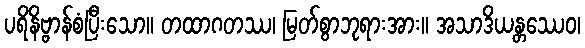
ပရိနိဗ္ဗာန်စံပြီးသော။ တထာဂတဿ၊ မြတ်စွာဘုရားအား။ အသာဒိယန္တဿေဝ၊